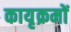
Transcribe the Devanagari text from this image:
कायृक्रमों